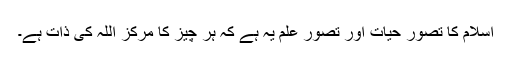
اسلام کا تصور حیات اور تصور علم یہ ہے کہ ہر چیز کا مرکز اللہ کی ذات ہے۔